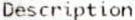
DESCRIPTION